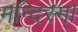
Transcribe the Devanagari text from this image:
मन्दिरम्।